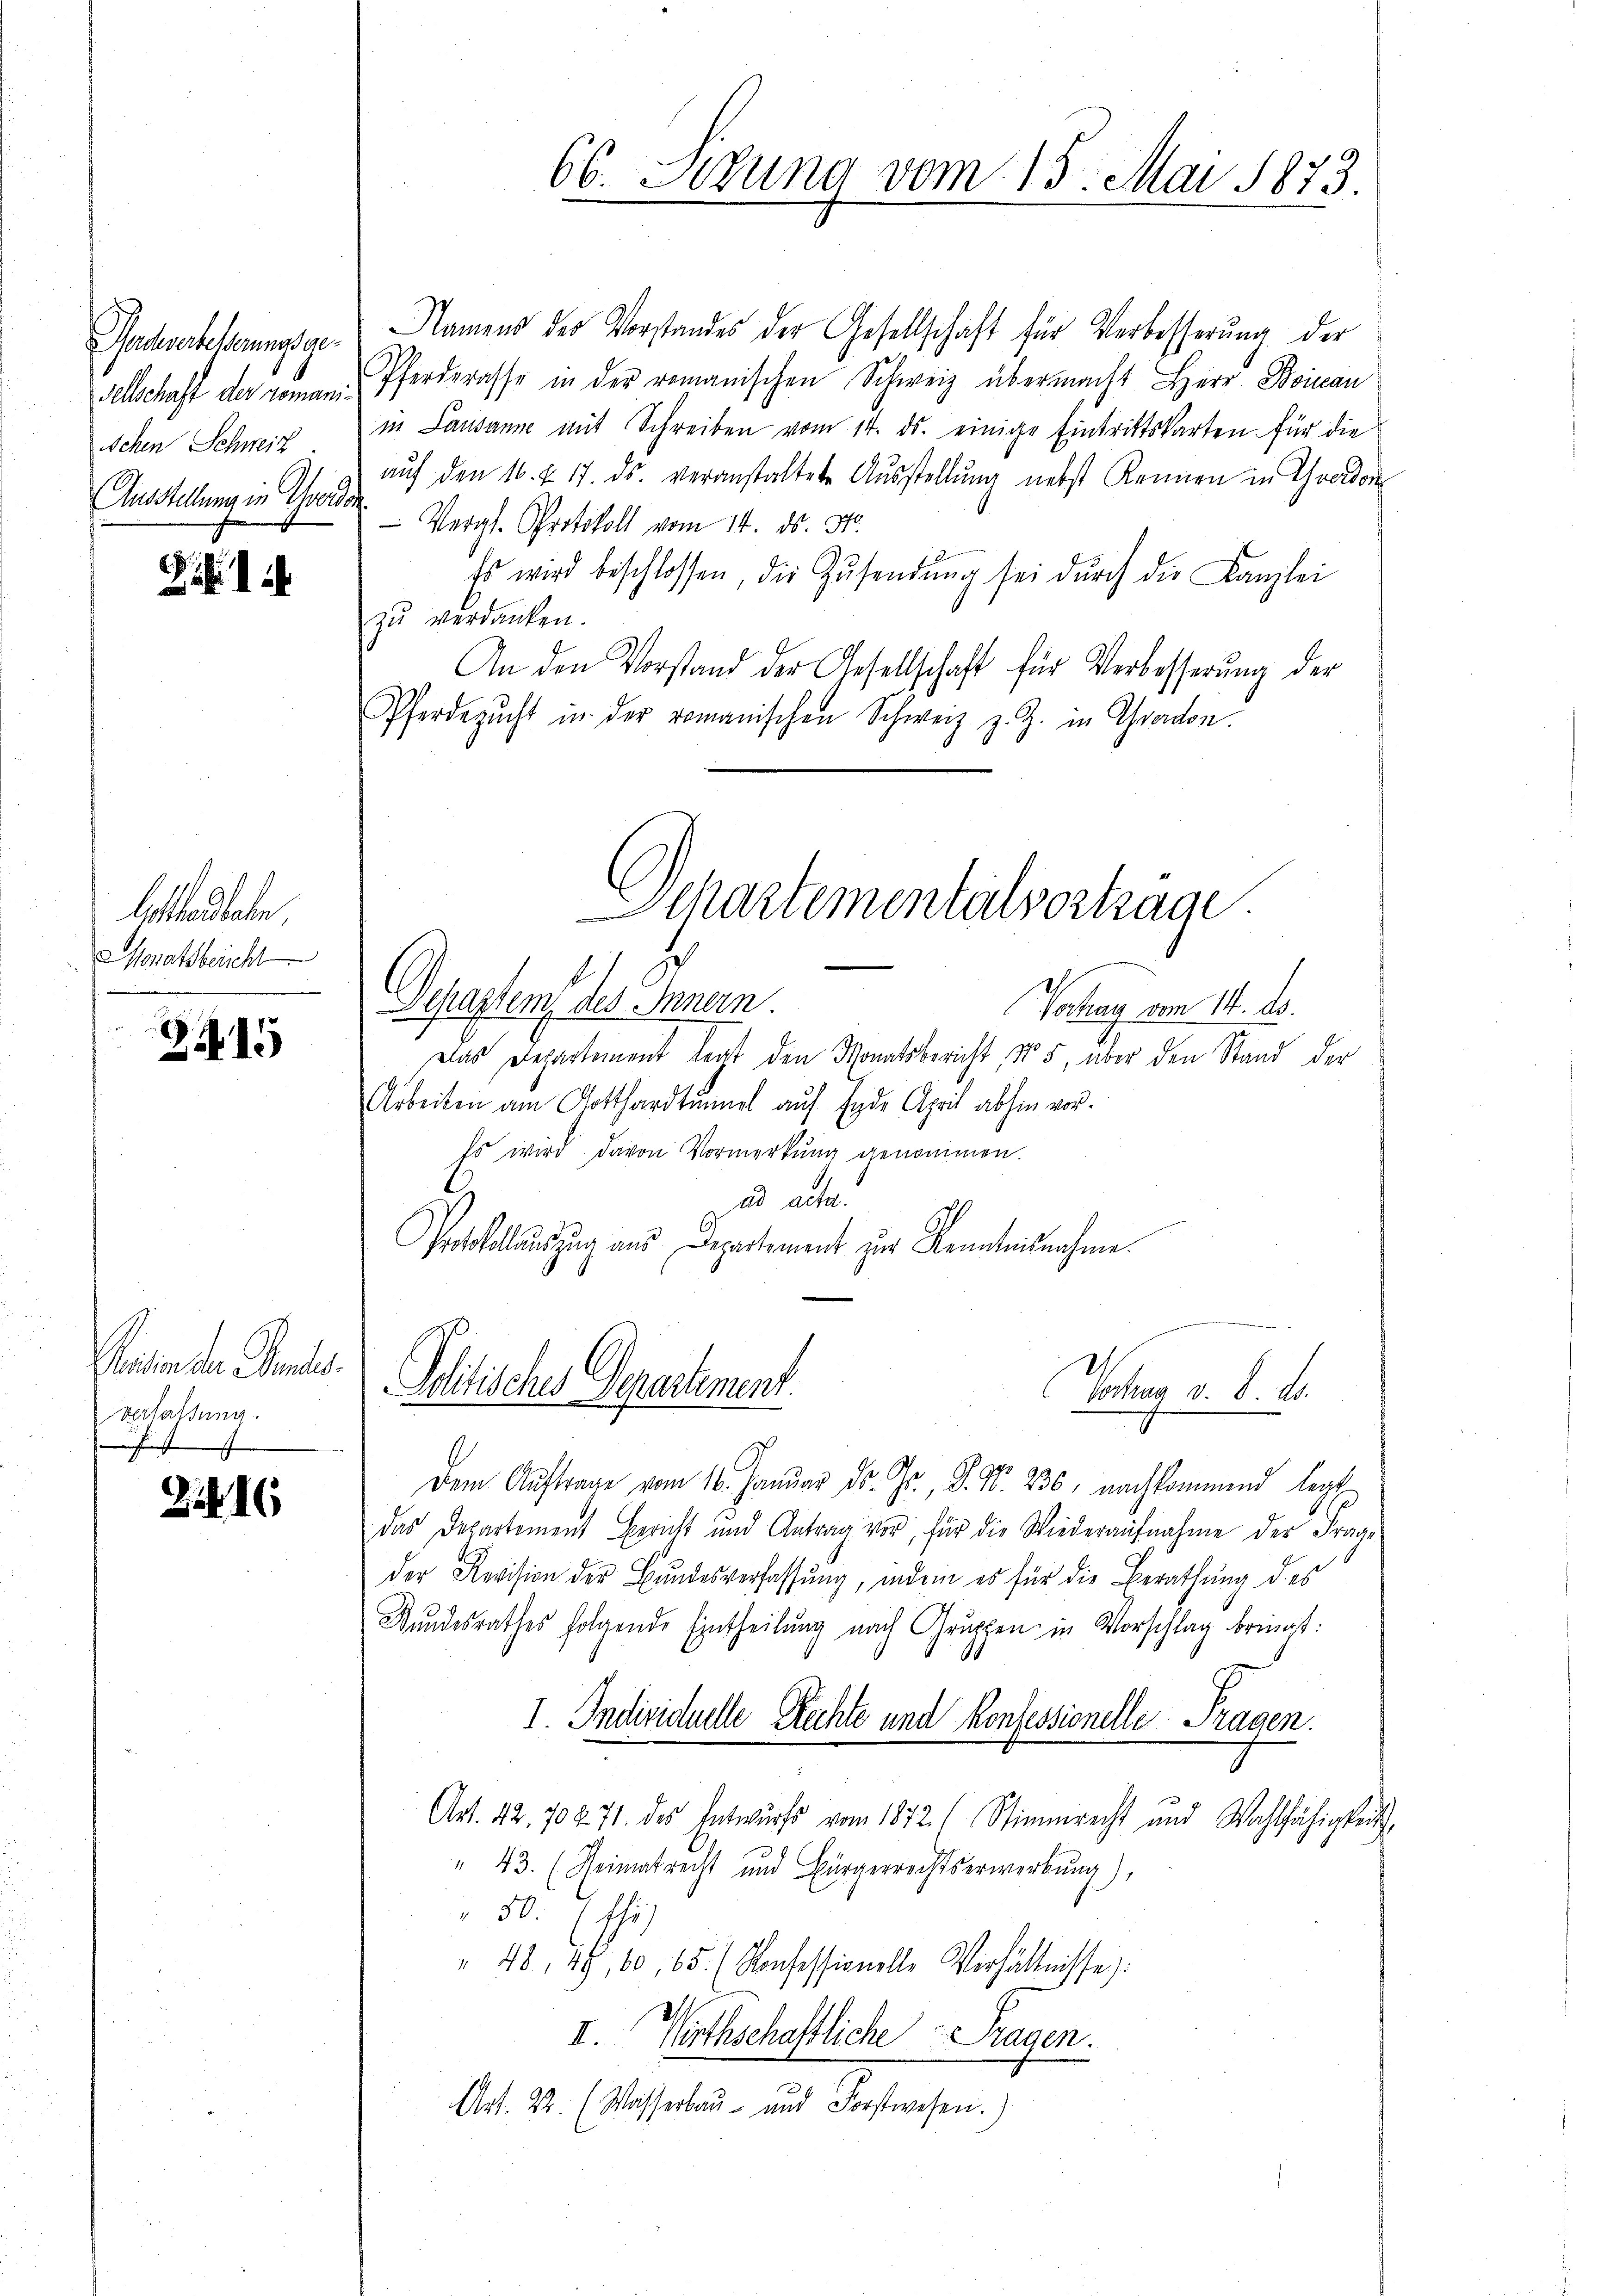
Forchserbesserungsge
Tellschaft der roman.
Schen Schweiz.
Ausstellung in Yvois

Sifi

lottanten
Monatsbericht

15

Senten der Semes
verlassung.
J

2. 16

Namens der Vorstandes der Gesellschaft für Verbesserung der
Pferderasse in der romanischen Schweiz übermacht Herr Boinau
in Lausanne mit Schreiben vom 14. ds. einige Eintrittskarten für die
auf den 16. u. 17. ds. veranstaltete Ausstellung nebst kennen in Graden
¬
Vergl. Protokoll vom 14. ds. 310.
Es wird beschlossen, die Zŭsendŭng sei dŭrch die Kanzlei
zu verdanken.
An den Vorstand der Gesellschaft für Verbesserung der
Pferdezŭcht in der romanischen Schweiz z. Z. in Grandon.
Chassem des Innern
Vorlag vom 14. ds.
Das Departement trat den Monatsbericht, No 5, über den Stand der
Arbeiten am Gotthardtunnel auf Ende April abhin vor.
Es wird davon Vormerkŭng genommen.
ad acta.
Protokollauszug aus Departement zur Kenntnisnahme.
Politisches Departement
Schag v. 8. d.
Dem Aŭftrage vom 16. Janŭar Dr. Gr. P. Nr. 236, nachkommend legt.
das Departement Bericht und Antrag vor, für die Wiederaŭfnahme der Frage
der Revision der Bundesverfassung, indem es für die Berathung des
Bundesrathes folgende Eintheilung nach Gruppen in Vorschlag bringt:
1 Individuelle Rechte und Konsessionelle Fragen.
Art. 42. 702 71. des Entwurfs vom 1872. Stimmrecht und Wahlfähigkeit
" 43. (Reimatrecht und Bürgerrechtserwerbung),
50. Esse
" 48, 49, 60, 65. (Konfessionelle Verhältnisse:
II. Wirthschaftliche Fragen.
Art. 22. (Wasserbau- und Forstwesen.)

66. Sedung vom 15. Mai 1873.

eartementalvortrage